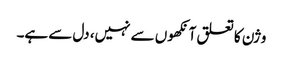
وژن کا تعلق آنکھوں سے نہیں، دل سے ہے۔